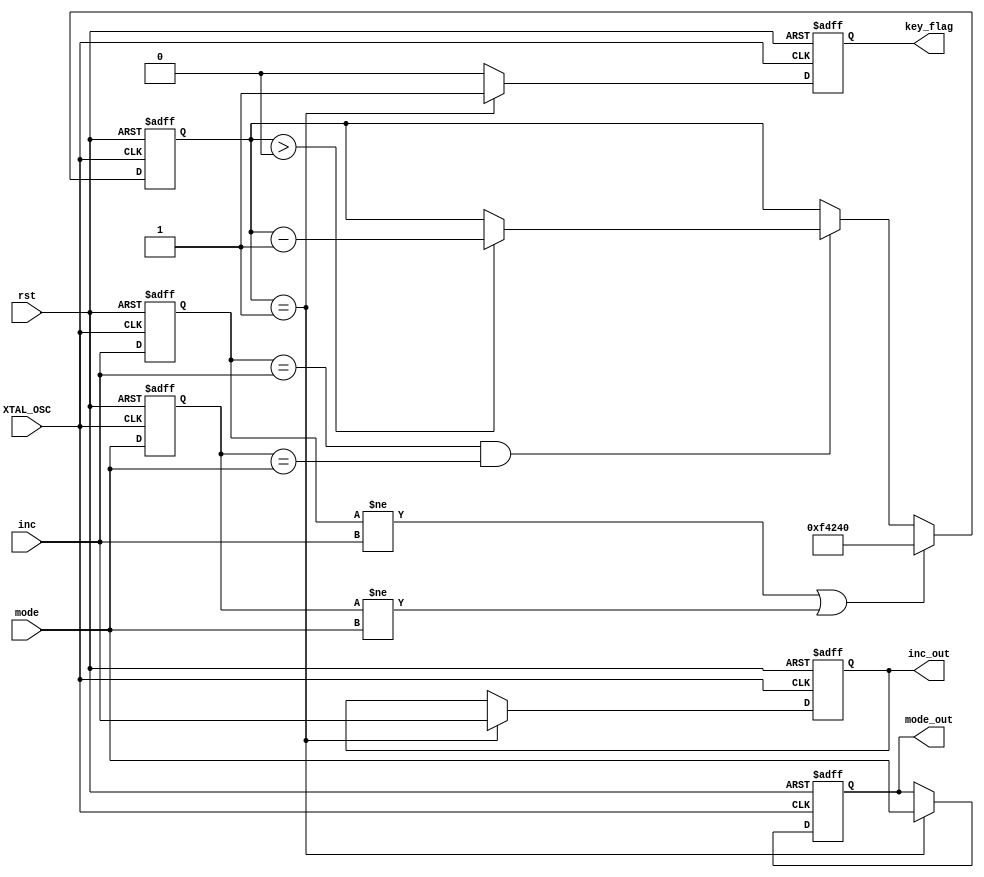
//
// Company: 
// Create Date: 
// Design Name: 
// Module Name: 
// Project Name: 
// Target Devices: 
// Tool Versions: 
// Description: 
//     
// Dependencies: 
//     
// Revision:


module key_debounce(
    input		XTAL_OSC,			//@100MHz
    input		rst,				// 
	input		mode,				//
	input		inc,				//
	
    output reg  key_flag,			//
	output reg  mode_out,			// 
	output reg  inc_out				//      
    );

reg [31:0] delay_cnt;
reg        mode_reg;
reg        inc_reg;

/******/

always @(posedge XTAL_OSC or negedge rst) begin 
    if (!rst) begin 
		mode_reg <= 1'b1;
		inc_reg <= 1'b1;
		delay_cnt <= 32'd0;
	end
    else begin
        inc_reg <= inc;
        mode_reg <= mode;
        if(inc_reg!=inc || mode_reg!=mode) delay_cnt <= 32'd1_000_000; 
		//,
		else if(inc_reg==inc && mode_reg==mode) begin  //20ms
            if(delay_cnt > 32'd0) delay_cnt <= delay_cnt-1'b1;
			else delay_cnt <= delay_cnt;
        end           
    end   
end

always @(posedge XTAL_OSC or negedge rst) begin 
    if (!rst) begin 
		key_flag <= 1'b0;
		mode_out <= 1'b1;
		inc_out <= 1'b1;
    end
    else begin
        if(delay_cnt == 32'd1) begin   //120ms
            key_flag <= 1'b1;         //
            mode_out <= mode;
            inc_out <= inc;
        end
        else begin
            key_flag <= 1'b0;
            mode_out <= mode_out;
            inc_out <= inc_out;
        end  
    end   
end
    
endmodule